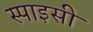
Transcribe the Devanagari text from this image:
स्पाइसी